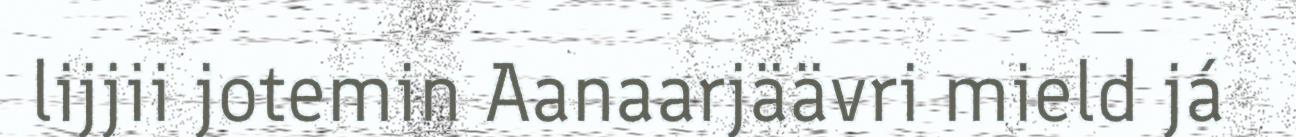
lijjii jotemin Aanaarjäävri mield já